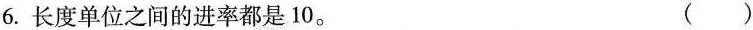
6.长度单位之间的进率都是10。 ()